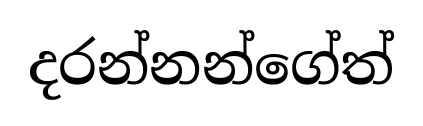
දරන්නන්ගේත්